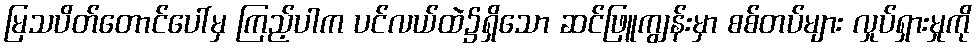
မြသပိတ်တောင်ပေါ်မှ ကြည့်ပါက ပင်လယ်ထဲ၌ရှိသော ဆင်ဖြူကျွန်းမှာ စစ်တပ်များ လှုပ်ရှားမှုကို